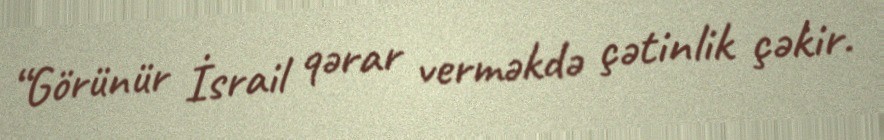
“Görünür İsrail qərar verməkdə çətinlik çəkir.